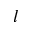
l